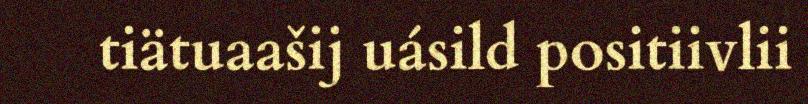
tiätuaašij uásild positiivlii